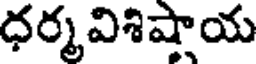
ధర్మవిశిషాయ